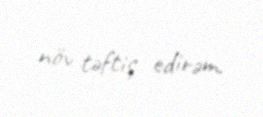
növ təftiş edirəm.